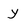
Character: y